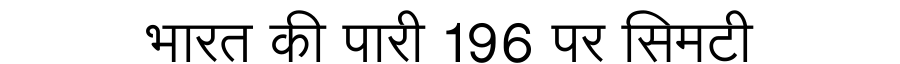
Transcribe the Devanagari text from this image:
भारत की पारी 196 पर सिमटी